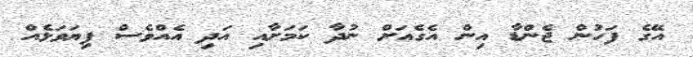
އޭގެ ފަހުން ޖެންޑާ އިން އެގެއަށް ނުދާ ކަމަށާއި އަދި އެއްވެސް ފިޔަވަޅެއް